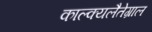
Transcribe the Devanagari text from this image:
काल्क्यलैतेग्राल